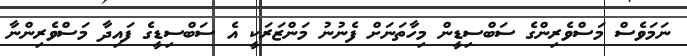
ނަމަވެސް މަސްވެރިންގެ ސަބްސިޑީން މިހާތަނަށް ފެނުނު މަންޒަރަކީ އެ ސަބްސިޑީގެ ފައިދާ މަސްވެރިންނާ